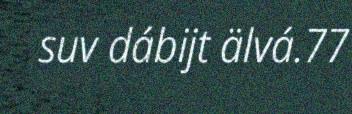
suv dábijt älvá.77